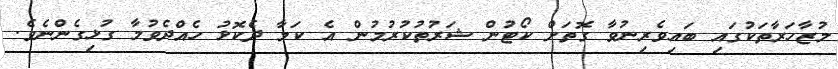
މުޒާހަރާތަކުގައި ބައިވެރިނުވާ ގޮތަށް ކޯޓުން ޝަރުތުކުރުމުން އެ ކަމާ ދެކޮޅު ހެއްދެވުމާ ގުޅިގެންނެވެ.